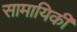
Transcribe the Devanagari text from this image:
सामायिकी